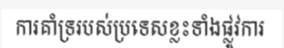
ការគាំទ្ររបស់ប្រទេសខ្លះទាំងផ្លូវការ